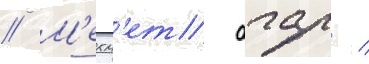
// М'ехм'ет агар /